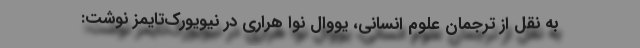
به نقل از ترجمان علوم انسانی، یووال نوا هراری در نیویورک‌تایمز نوشت: